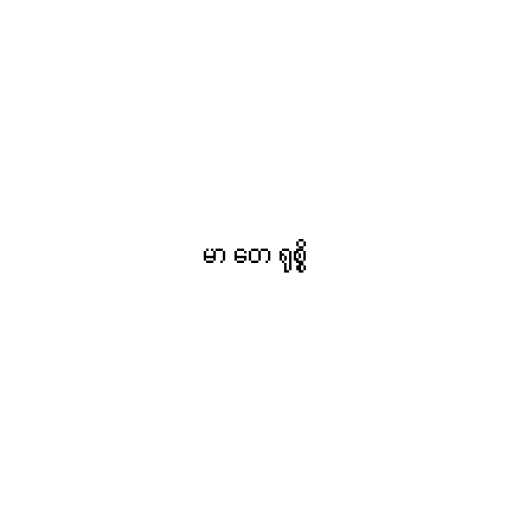
မာ တေ ရုစ္စိ